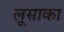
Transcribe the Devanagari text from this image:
लूसाका